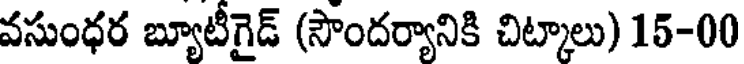
వసుంధర బ్యూటీగైడ్ (సౌందర్యానికి చిట్కాలు) 15-00